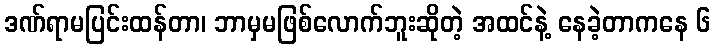
ဒဏ်ရာမပြင်းထန်တာ၊ ဘာမှမဖြစ်လောက်ဘူးဆိုတဲ့ အထင်နဲ့ နေခဲ့တာကနေ ၆